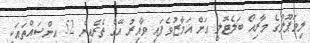
ލިވަޕޫލްގެ މާރިއޯ ބަލެޓޮލީ އަށް އަމާޒުވެފައި ވާއިރު އޭގެ ތެރެއިން 52 އިންސައްތައަކީ